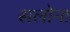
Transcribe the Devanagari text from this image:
सलोना